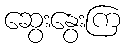
ဆွေးနွေးကြ